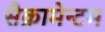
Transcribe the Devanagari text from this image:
सैक्रामेन्टम